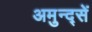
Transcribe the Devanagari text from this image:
अमुन्द्सें